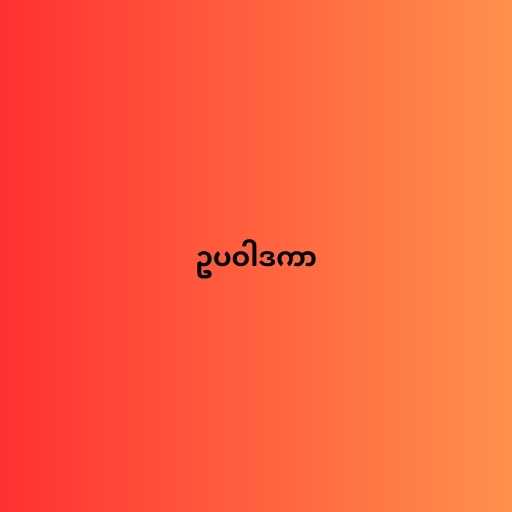
ဥပဝါဒကာ